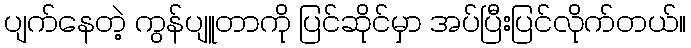
ပျက်နေတဲ့ ကွန်ပျူတာကို ပြင်ဆိုင်မှာ အပ်ပြီးပြင်လိုက်တယ်။